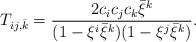
LaTeX: \begin{align*}T_{ij,\bar{k}}=\frac{2c_ic_jc_k\bar{\xi}^{k}}{(1-\xi^i\bar{\xi}^{k})(1-\xi^j\bar{\xi}^{k})}. \end{align*}